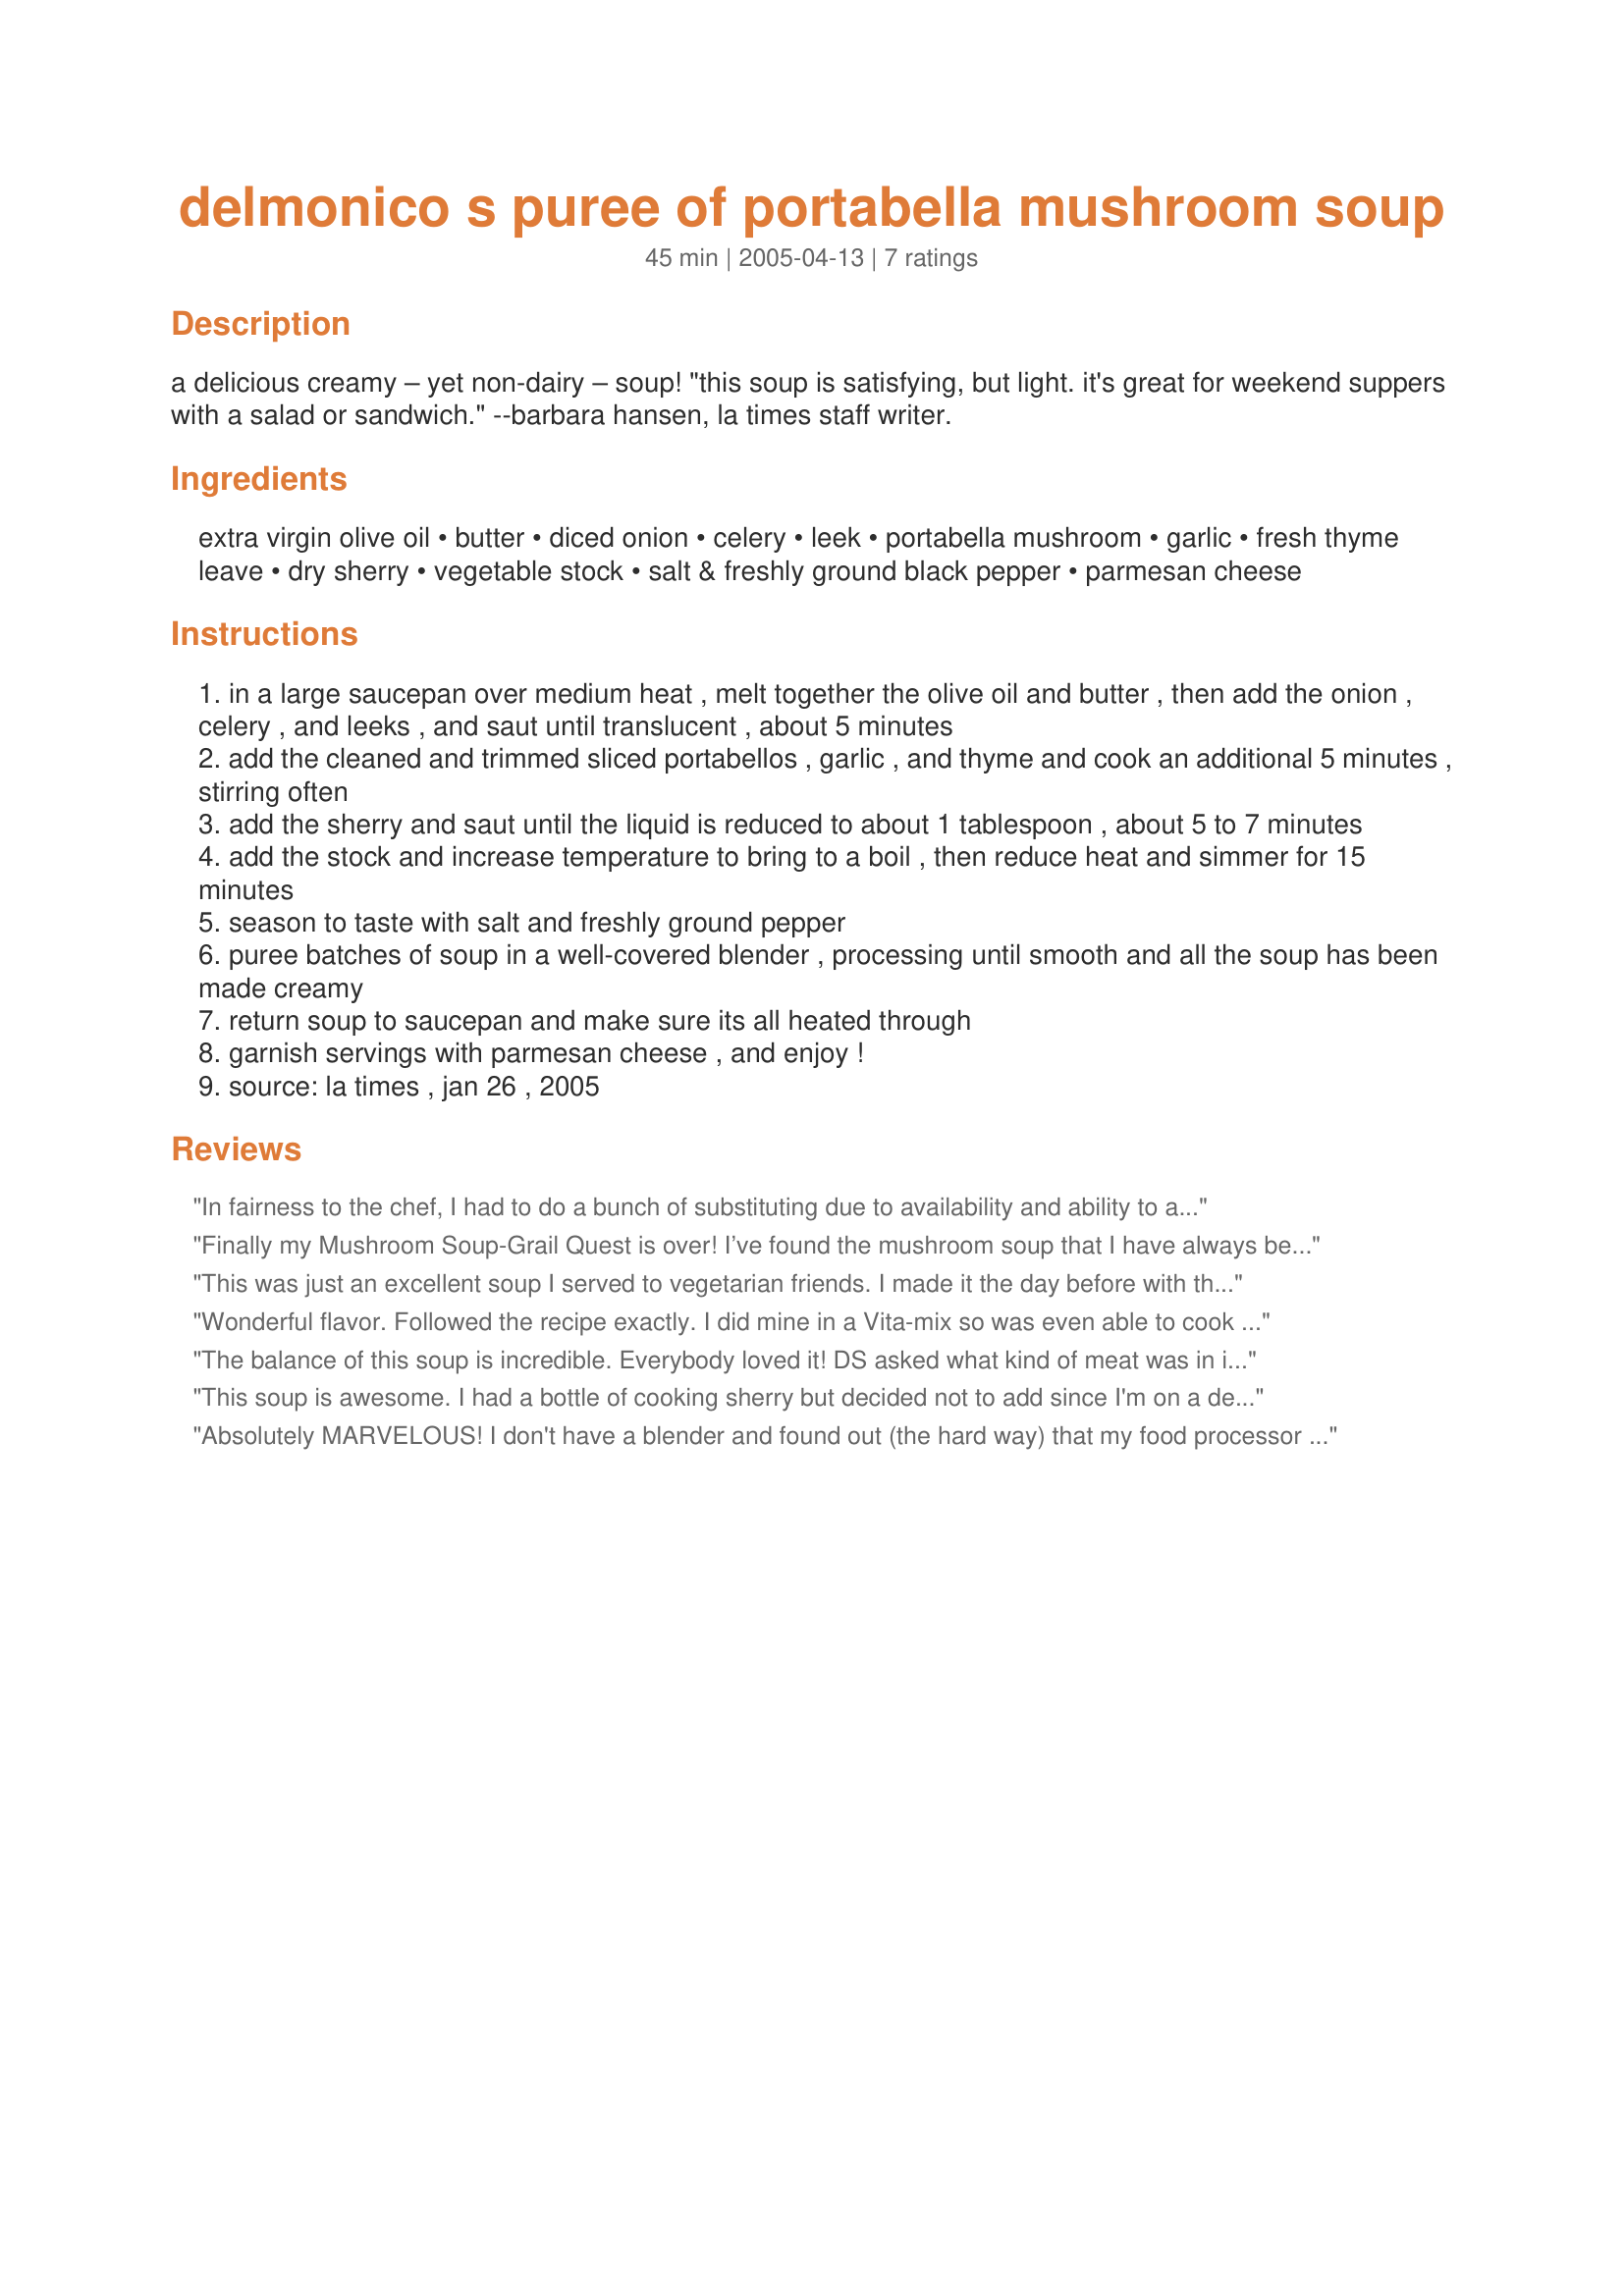
delmonico s puree of portabella mushroom soup
Preparation time: 45 minutes

a delicious creamy – yet non-dairy – soup! "this soup is satisfying, but light. it's great for weekend suppers with a salad or sandwich." --barbara hansen, la times staff writer.

Ingredients:
extra virgin olive oil, butter, diced onion, celery, leek, portabella mushroom, garlic, fresh thyme leave, dry sherry, vegetable stock, salt & freshly ground black pepper, parmesan cheese

Steps:
in a large saucepan over medium heat , melt together the olive oil and butter , then add the onion , celery , and leeks , and saut until translucent , about 5 minutes
add the cleaned and trimmed sliced portabellos , garlic , and thyme and cook an additional 5 minutes , stirring often
add the sherry and saut until the liquid is reduced to about 1 tablespoon , about 5 to 7 minutes
add the stock and increase temperature to bring to a boil , then reduce heat and simmer for 15 minutes
season to taste with salt and freshly ground pepper
puree batches of soup in a well-covered blender , processing until smooth and all the soup has been made creamy
return soup to saucepan and make sure its all heated through
garnish servings with parmesan cheese , and enjoy !
source: la times , jan 26 , 2005

Reviews:
In fairness to the chef, I had to do a bunch of substituting due to availability and ability to afford ingredients. I had to use button mushrooms (they were on sale), Merlot instead of sherry, and I used beef broth instead of vegetable stock because i thought it would give it a deeper flavor. It was OK. Since I can't afford portabella mushrooms, I probably won't make this again. But my guess, with the original ingredients, it would be really delicious.
Finally my Mushroom Soup-Grail Quest is over! I’ve found the mushroom soup that I have always believed was out there somewhere. When I learnt that Julesong was in my group for the 2005 Photo Swap #2, I immediately thought ‘Soup Fairy’: I’ll make one of her soups. And I didn’t even look at any of her other recipes. Serendipitous indeed! This is a truly delicious creamy, flavoursome soup. Creamy yet, as Julesong mentions, it contains no milk or cream, so it is also low in calories and low in the bad-for-you fats. None of the flavours are detectable over the others: they all blend so well. The only changes I made to the ingredients was because of the availability of two ingredients. I used some exquisite-looking field mushrooms, undoubtedly similar to Portabellos. And chicken stock, because I was out of vegetable stock. I also used several cloves of garlic, beyond what was specified, because I love the stuff. The main changes I made were to the amount of stock I used and the length of time I allowed the soup to simmer. I doubled all the ingredients (which would have meant adding 12 cups of stock) but I decided to add only 8 cups of stock. I wanted my soup thick and it was - but not too thick. And those who ate it – and everyone just loved the really hearty flavour – said that the consistency was just right for them too. The recipe specified 15 minutes simmering time, which to me sounded really odd. I had the soup simmering for just under two hours. Quite a difference. Once I decided it had simmered for long enough, rather than transferring it to a blender in batches, I blended it in the pan with a stab blender. The result was a beautifully puréed soup with some chunks of mushroom in it. Just the right balance in texture as well as flavour! Superb. My quest now over, I shall be making this again. And because it is so quick and easy to make, that will be often. As for the smells: I’ve never made anything that smelt so heavenly the whole time it was cooking! Thank you Soup Fairy, for a truly SOUPERB recipe.
This was just an excellent soup I served to vegetarian friends. I made it the day before with the intention of reheating it. The day was very warm, I tasted the soup cold and loved it. I served it cold and it was a hit with everyone. Great recipe Julesong.
Wonderful flavor. Followed the recipe exactly. I did mine in a Vita-mix so was even able to cook the soup in the machine after sauteeing the veggies. Didn't freeze too well but I think that if it had gone back in the blender for a few minutes the texture would have been fine.
The balance of this soup is incredible. Everybody loved it! DS asked what kind of meat was in it, & DH said it was one of the best smelling soups I've ever made. I used bullion cubes instead and felt it was a little salty, but DH & DS both thought it was perfect. Also used a nice merlot instead of the sherry as a matter of preference. Don't skip the fresh thyme. It contributes so well to the completeness of the dish. I buzzed mine with the stick mixer and left just a few chunks of mushroom. All that flavor and low-fat, too! Ultimately satisfying and a new standard in mushroom soup.
This soup is awesome. I had a bottle of cooking sherry but decided not to add since I'm on a detox diet and it was still wonderful!
Absolutely MARVELOUS! I don't have a blender and found out (the hard way) that my food processor wouldn't work to puree this with the liquid. So I sorta' cheated by using my hand held mesh strainer to transfer all the veggies into the food processor and pureeing them by their little lonesomes. Then I threw them back into the stock and used my hand-held mixer on it. Came out a bit thin, so maybe I should have done it the other way around (put the veggies in a pot/bowl and slowly mixed in the stock). It was still very good though - and even better the next day! I will definitely be making this again! Thanks for posting, Julesong!
